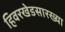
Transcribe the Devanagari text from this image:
हिवरखेडसारख्या